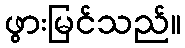
ဖွားမြင်သည်။